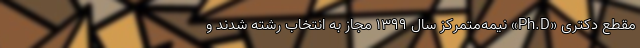
مقطع دکتری «Ph.D» نیمه‌متمرکز سال ۱۳۹۹ مجاز به انتخاب رشته شدند و